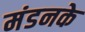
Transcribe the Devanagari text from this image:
मंडनके